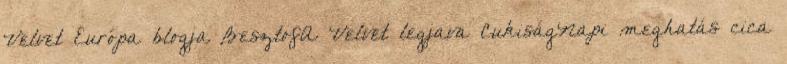
Velvet Európa blogja BesztofA Velvet legjava CukiságNapi meghatás cica